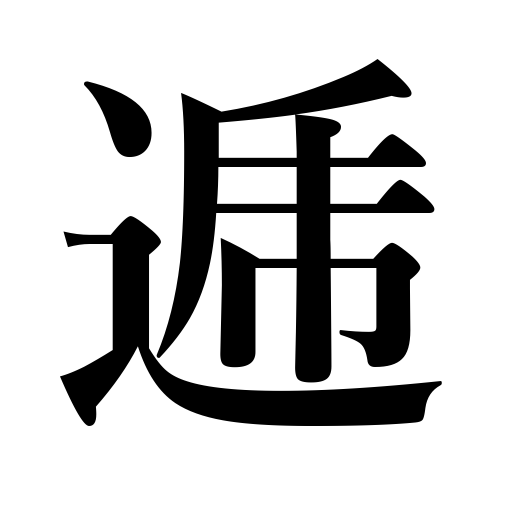
Meanings: sending parcels in feudal times,in turn